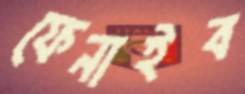
ফেনাইব